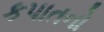
કપાતનો